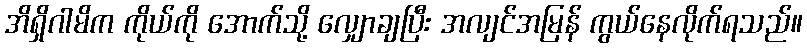
အိရှိဂါမိက ကိုယ်ကို အောက်သို့ လျှောချပြီး အလျင်အမြန် ကွယ်နေလိုက်ရသည်။